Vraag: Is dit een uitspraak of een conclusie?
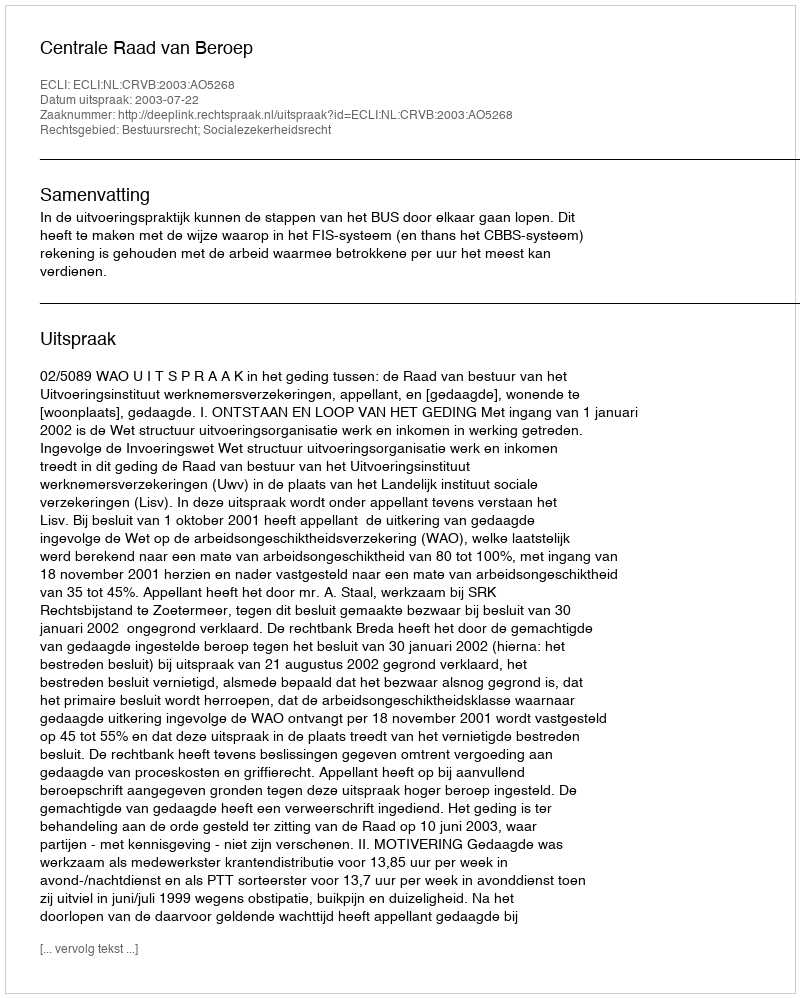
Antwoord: Uitspraak